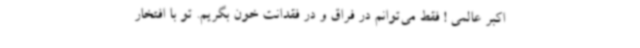
اکبر عالمی ! فقط می‌توانم در فراق و در فقدانت خون بگریم. تو با افتخار